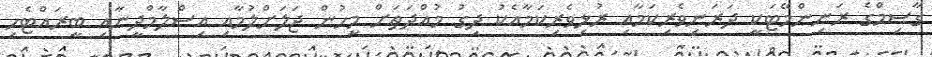
ގާސިމްގެ ރަނިންމޭޓަކީ ދަރަނިވެރިކަމާއި ރުޅިވެރިކަމާއެކު ދިގު މުއްދަތަށް މީހުން ޖަލަށްލުމާއި އިސްލާމްދީނާއި ބީރައްޓެހި